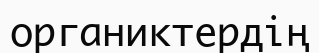
органиктердің